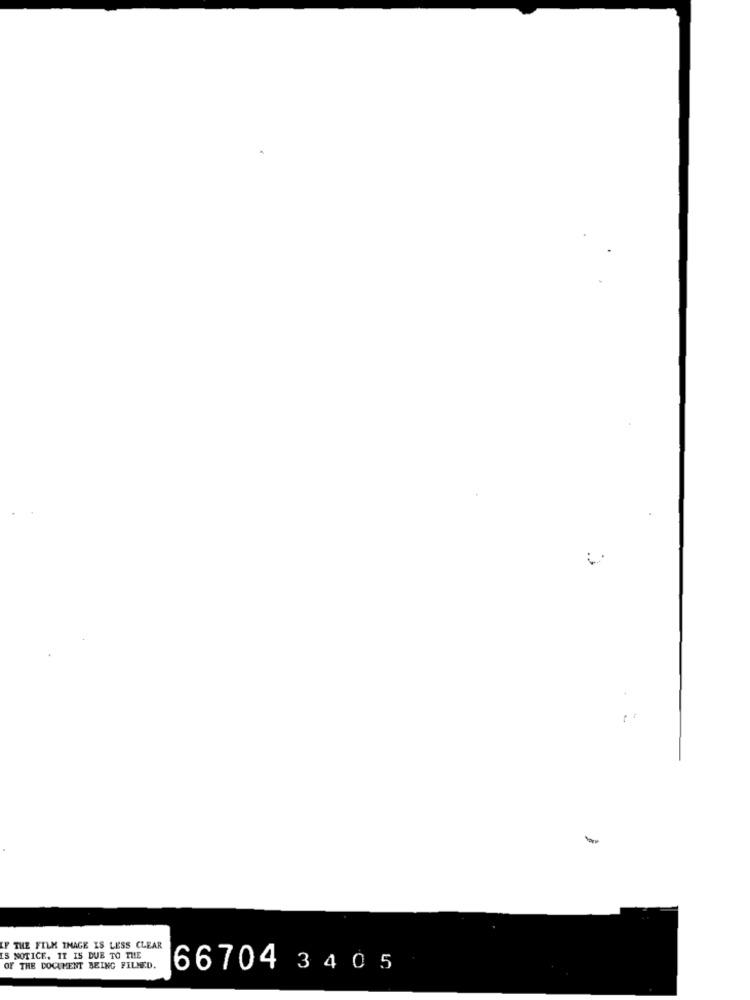
IF THE FILM INAGE IS LESS CLEAR
IS NOTICE, IT IS DUE TO THE
OF THE DOCUMENT BEING FILMED.
66704 3405